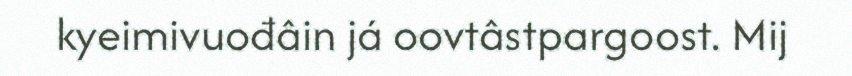
kyeimivuođâin já oovtâstpargoost. Mij